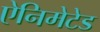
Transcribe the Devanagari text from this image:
ऐनिमेटेड